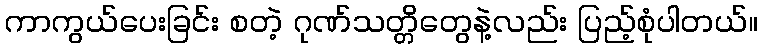
ကာကွယ်ပေးခြင်း စတဲ့ ဂုဏ်သတ္တိတွေနဲ့လည်း ပြည့်စုံပါတယ်။